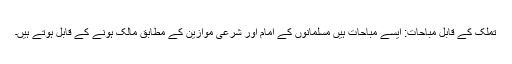
تملک کے قابل مباحات: ایسے مباحات ہیں مسلمانوں کے امام اور شرعی موازین کے مطابق مالک ہونے کے قابل ہوتے ہیں۔